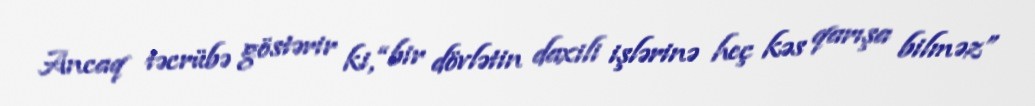
Ancaq təcrübə göstərir ki, “bir dövlətin daxili işlərinə heç kəs qarışa bilməz”